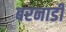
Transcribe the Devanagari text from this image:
बरनार्डी